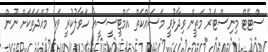
ސްޓޭޓް މިނިސްޓަރު މަތީން ވިދާޅުވީ މަސައްކަތް އެމްޓީސީސީއާ ހަވާލުކުރީ ވަކި މުއްދަތަކަށް ނޫން